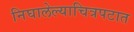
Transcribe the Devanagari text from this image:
निघालेल्याचित्रपटात